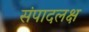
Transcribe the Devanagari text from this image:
संपादलक्ष